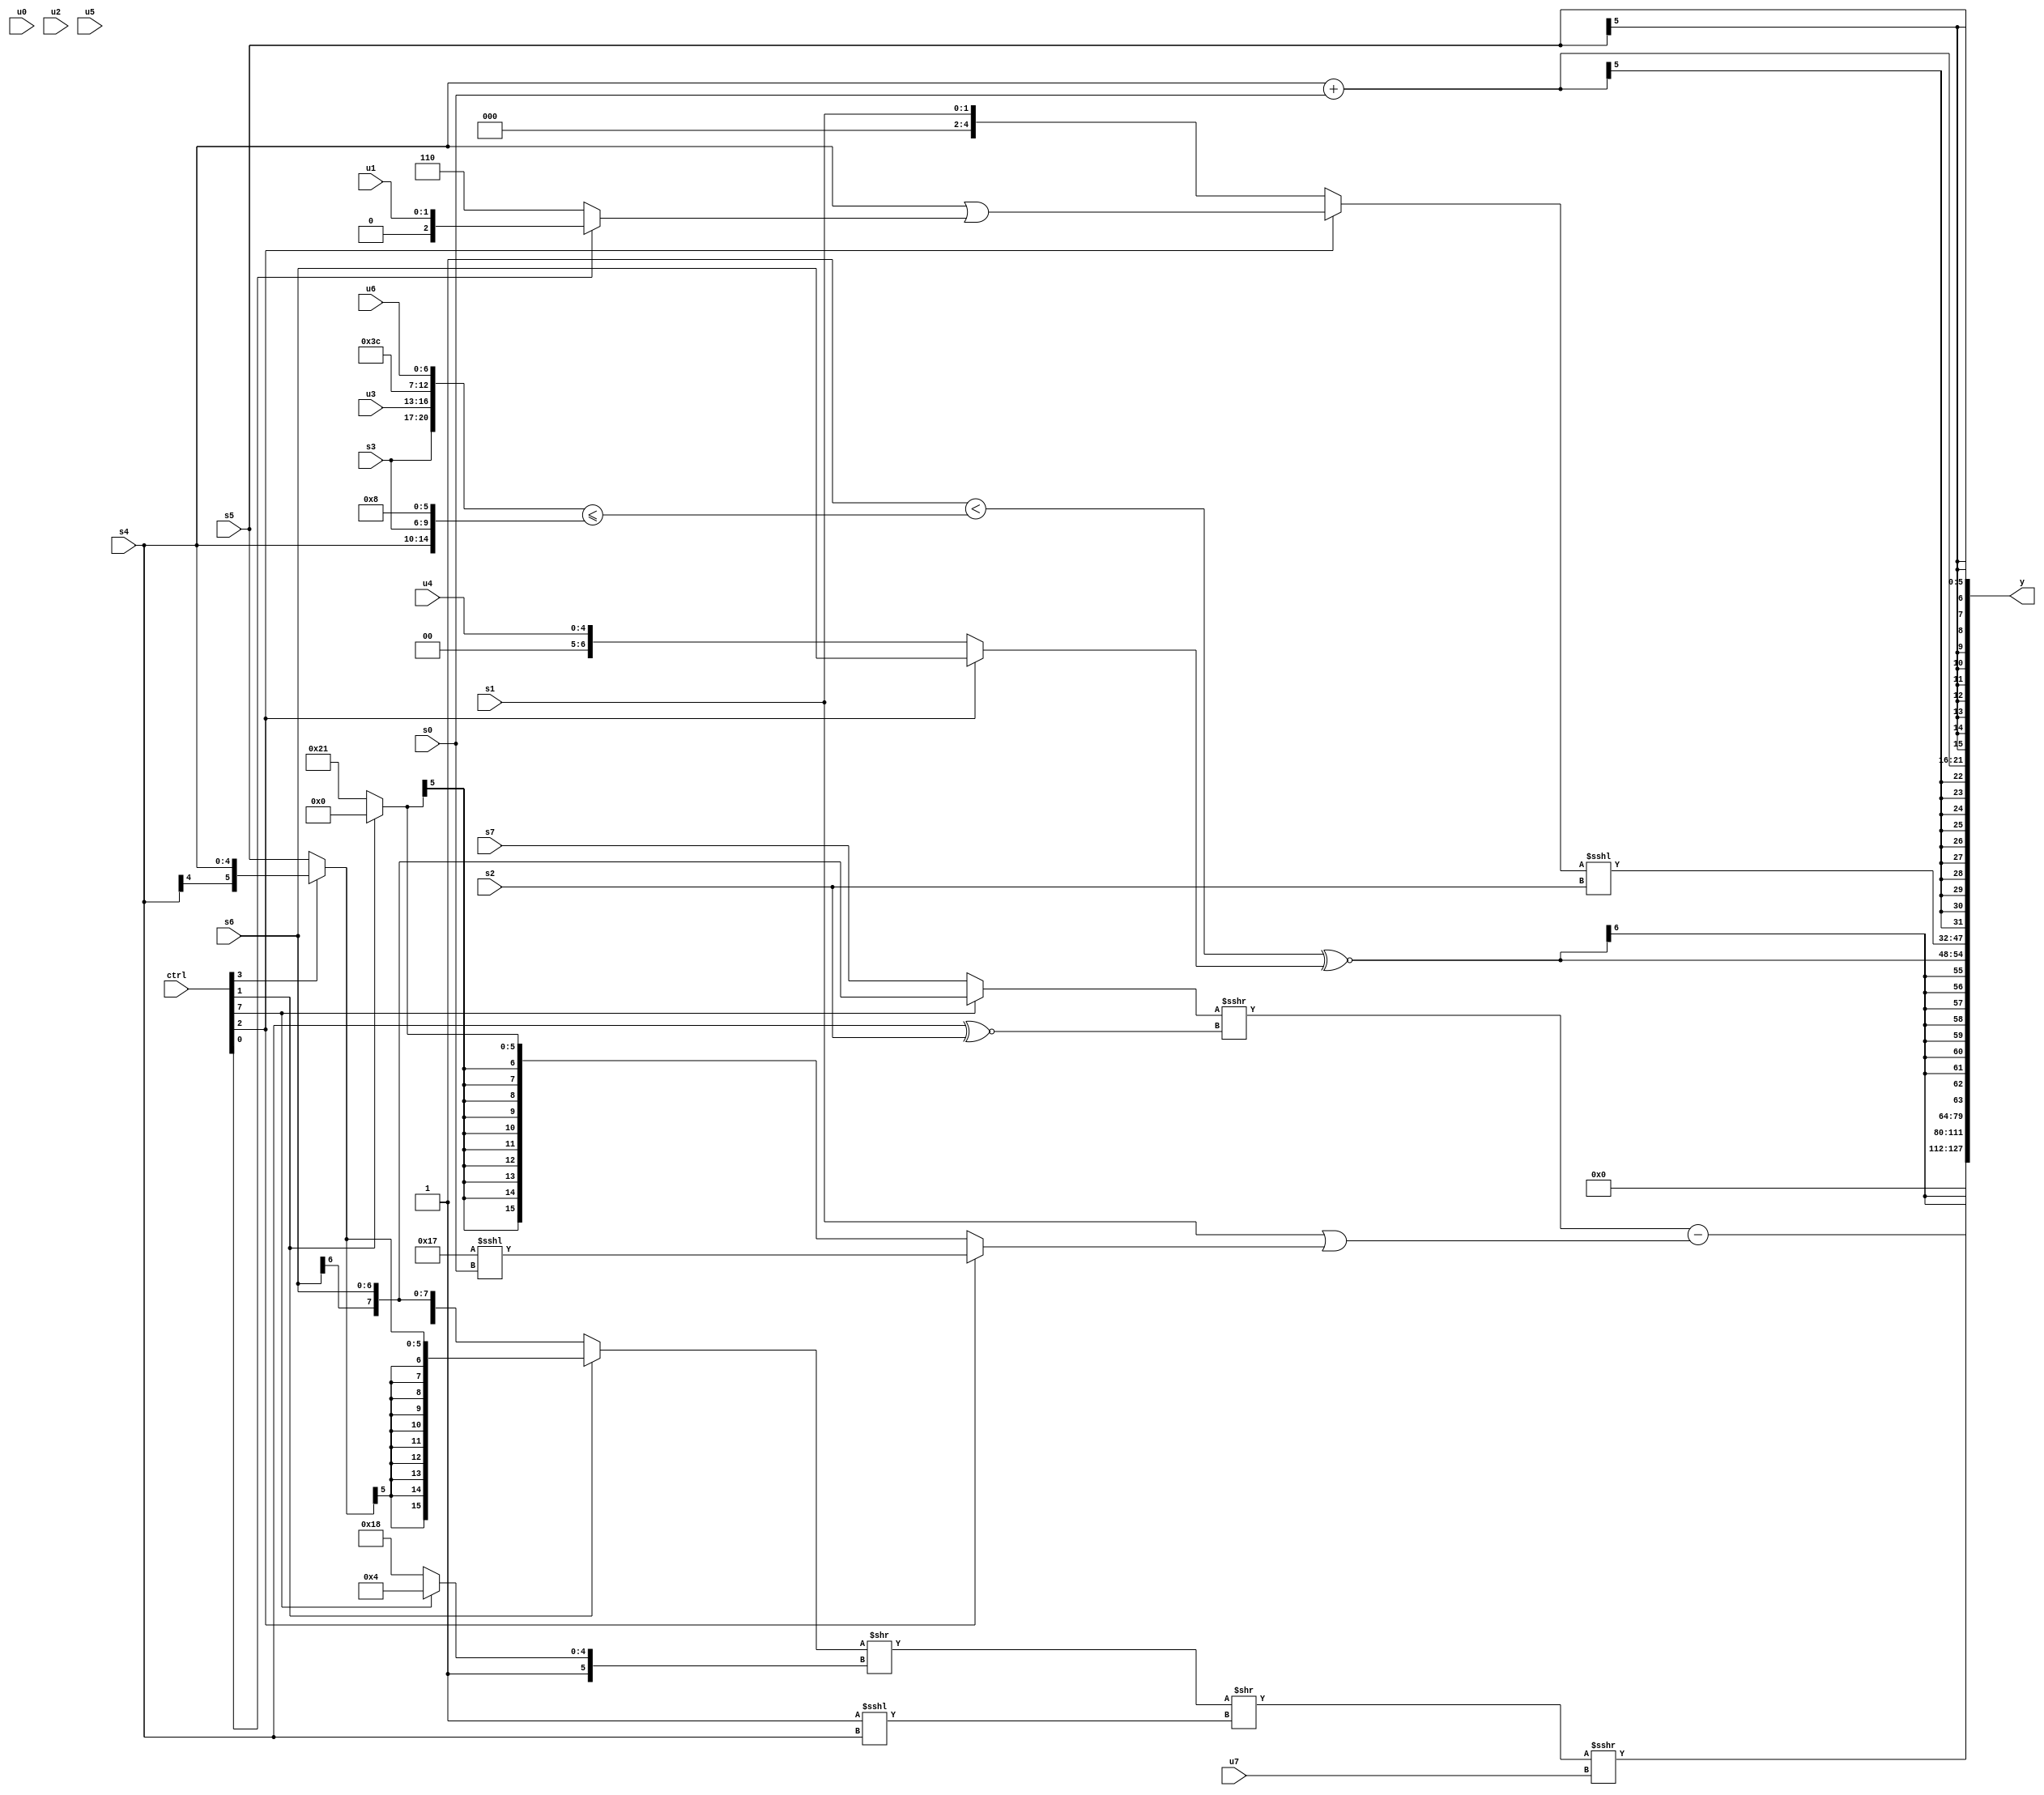
module wideexpr_00514(ctrl, u0, u1, u2, u3, u4, u5, u6, u7, s0, s1, s2, s3, s4, s5, s6, s7, y);
  input [7:0] ctrl;
  input [0:0] u0;
  input [1:0] u1;
  input [2:0] u2;
  input [3:0] u3;
  input [4:0] u4;
  input [5:0] u5;
  input [6:0] u6;
  input [7:0] u7;
  input signed [0:0] s0;
  input signed [1:0] s1;
  input signed [2:0] s2;
  input signed [3:0] s3;
  input signed [4:0] s4;
  input signed [5:0] s5;
  input signed [6:0] s6;
  input signed [7:0] s7;
  output [127:0] y;
  wire [15:0] y0;
  wire [15:0] y1;
  wire [15:0] y2;
  wire [15:0] y3;
  wire [15:0] y4;
  wire [15:0] y5;
  wire [15:0] y6;
  wire [15:0] y7;
  assign y = {y0,y1,y2,y3,y4,y5,y6,y7};
  assign y0 = ((((ctrl[1]?(ctrl[3]?s4:s5):$signed(s6)))>>((ctrl[7]?(6'sb100101)+(2'sb11):4'sb1000)))>>((1'b1)<<<(s4)))>>>(u7);
  assign y1 = {3{2'sb00}};
  assign y2 = -(~^(6'sb110010));
  assign y3 = (((ctrl[7]?s6:s7))>>>((s4)^~(+((ctrl[1]?s2:s2)))))-((s1)|((ctrl[2]?(-(6'sb001001))<<<($signed(s0)):(ctrl[1]?3'sb000:6'sb100001))));
  assign y4 = $signed((($signed({1{$unsigned($signed(1'b1))}}))<($signed(&(({s3,u3,6'sb111100,u6})<=({s4,s3,3'sb001,3'sb000})))))^~($unsigned((ctrl[2]?s6:u4))));
  assign y5 = +((((ctrl[2]?((ctrl[0]?s4:s4))|((ctrl[0]?u1:3'sb110)):s1))>>>((u7)<<<(4'sb1101)))<<<(s2));
  assign y6 = (s4)+(s0);
  assign y7 = s5;
endmodule